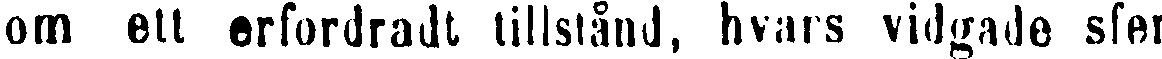
om ett erfordradt tillstånd, hvars vidgade sfer